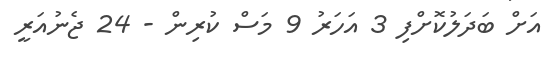
އަށް ބަދަލުކޮށްފި 3 އަހަރު 9 މަސް ކުރިން - 24 ޖެނުއަރީ